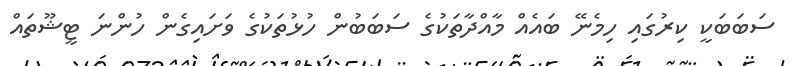
ސަބަބަކީ ކިރުގައި ހިމެނޭ ބައެއް މާއްދާތަކުގެ ސަބަބުން ހުޅުތަކުގެ ވަށައިގެން ހުންނަ ޓީޝޫތައް